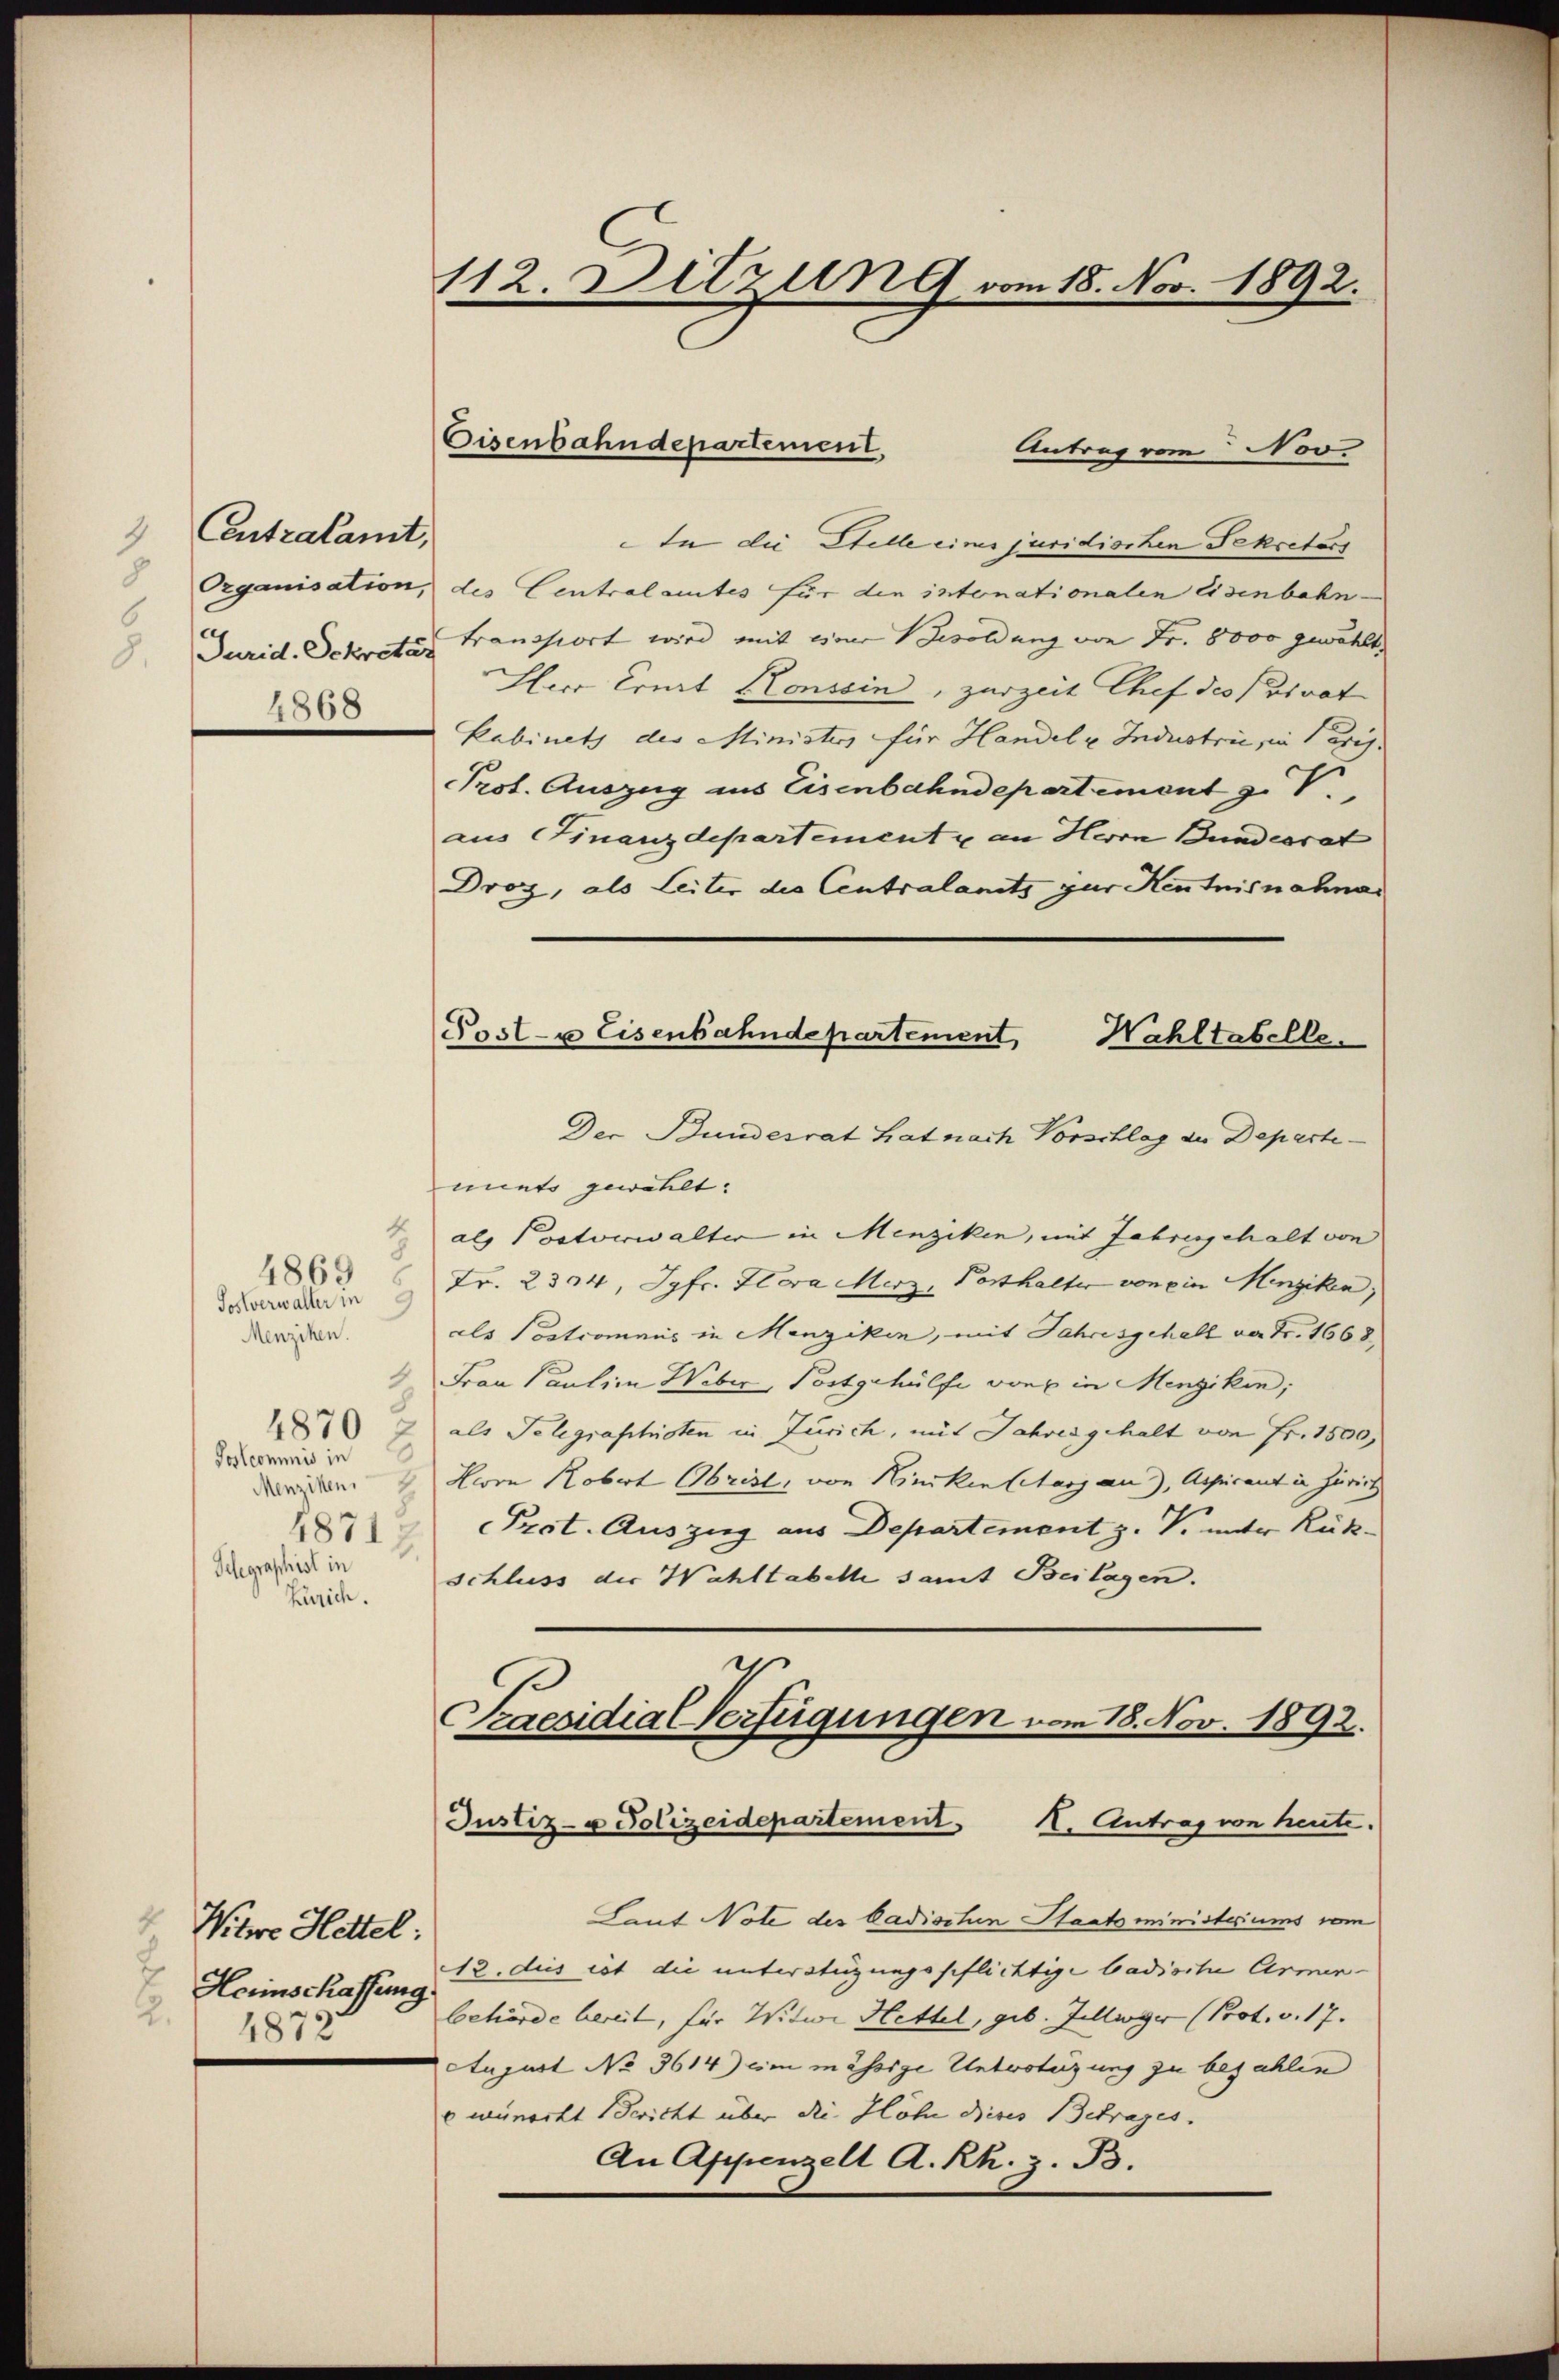
Centralamt
8
Organisation
Jurid. Sekreta
4868

Postverwalter in
Menziken.
1870
Postcommis in
Menziken,
4871
Gelegraphist in
Zürich.

4869

1

Witwe Hettel:
E
Heimschaffung
2.
1872

112. Ditzung vom 18. Nov. 1892.

¬

Eisenbahndepartement

Post- u Eisenbahndepartement,
Wahltabelle.

Antrag vom Nov.
In die Stelle eines juridischen Sekretärs
des Centralamtes für die intonationalen Eisenbahn-
Transport wird mit einer Besoldung von Fr. 8000 gewählt,
Herr Eruirt Konssin, zurzeit Chef des Privat
Kabinets des Ministers für Handel u. Industrie, in Paris.
Prot. Auszug aus Eisenbahndepartement z. V.,
aus Finanzdepartement u an Herrn Bundesrat
Droz, als Leiter des Centralants zur Kentnisnahnar
Der Bundesrat hat nach Vorschlag der Departimuets gewählt.
als Postverwalter in Menziken, mit Jahresgehalt von
Fr. 2334, Jgfr. Hora Merz, Posthalter von ein Menziken,
als Postromaus in Menziken, mit Jahresgehall von Fr. 1668
Frau Paulina Weber, Postgehülfe von in Menziken;
als Telegraphisten in Zürich, mit Jahres gehalt von Fr. 1500,
Herrn Robert Obrist, von Hinckentstanz an), Ausricant in Zürich
Prot. Auszug aus Departement z. V. unter Rück-
schluss der Wahltabelle samt Beilagen.
g.
Praesidial Verfügungen vom 18. Nov. 1892.

Justiz- u Polizeidepartement. H. Antrag von heute.

Laut Note des badischen Staatsministeriums vom
13. dies ist die unterstüzungsschlichtige badische Armen-
behörde bereit, für Witwe Hettel, geb. Jelliger (Prot. v. 17.
August No 3614) ein mässige Untvotezung zu bezahlen
wimerkt Bericht über die Höhe dieses Betrages.
An Appenzell A. Rh. z. B.